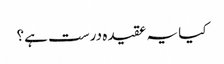
کیا یہ عقیدہ درست ہے؟